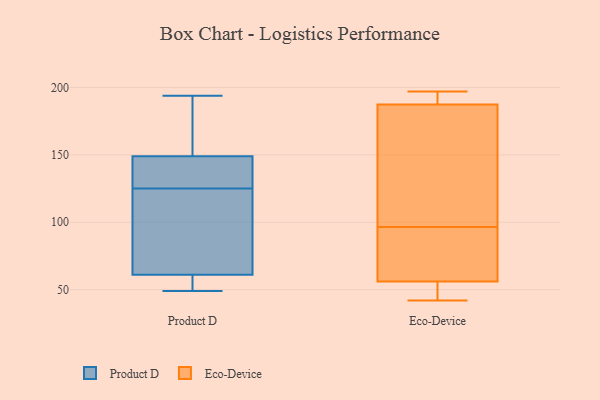
{"axis": {"x": "Population (Million)", "y": "Value"}, "legend": ["Eco-Device", "Product D"], "data": [{"x": "", "y": 49, "type": "Product D"}, {"x": "", "y": 125, "type": "Product D"}, {"x": "", "y": 125, "type": "Product D"}, {"x": "", "y": 72, "type": "Product D"}, {"x": "", "y": 126, "type": "Product D"}, {"x": "", "y": 148, "type": "Product D"}, {"x": "", "y": 76, "type": "Product D"}, {"x": "", "y": 176, "type": "Product D"}, {"x": "", "y": 57, "type": "Product D"}, {"x": "", "y": 61, "type": "Product D"}, {"x": "", "y": 159, "type": "Product D"}, {"x": "", "y": 60, "type": "Product D"}, {"x": "", "y": 151, "type": "Product D"}, {"x": "", "y": 90, "type": "Product D"}, {"x": "", "y": 58, "type": "Product D"}, {"x": "", "y": 149, "type": "Product D"}, {"x": "", "y": 141, "type": "Product D"}, {"x": "", "y": 194, "type": "Product D"}, {"x": "", "y": 42, "type": "Eco-Device"}, {"x": "", "y": 193, "type": "Eco-Device"}, {"x": "", "y": 50, "type": "Eco-Device"}, {"x": "", "y": 182, "type": "Eco-Device"}, {"x": "", "y": 42, "type": "Eco-Device"}, {"x": "", "y": 113, "type": "Eco-Device"}, {"x": "", "y": 80, "type": "Eco-Device"}, {"x": "", "y": 68, "type": "Eco-Device"}, {"x": "", "y": 62, "type": "Eco-Device"}, {"x": "", "y": 196, "type": "Eco-Device"}, {"x": "", "y": 197, "type": "Eco-Device"}, {"x": "", "y": 151, "type": "Eco-Device"}]}